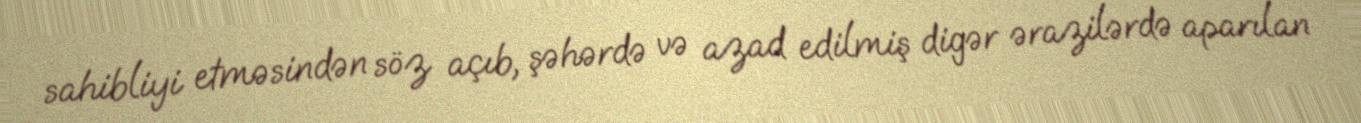
sahibliyi etməsindən söz açıb, şəhərdə və azad edilmiş digər ərazilərdə aparılan